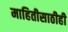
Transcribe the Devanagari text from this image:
माहितीसाठीही